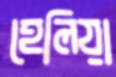
হেলিয়া